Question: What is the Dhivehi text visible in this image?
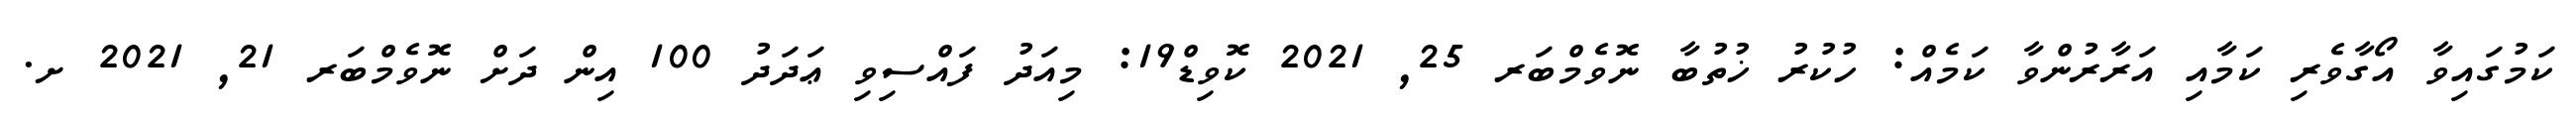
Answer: ކަމުގައިވާ އޯގާވެރި ކަމާއި އަރާރުންވާ ކަމެއް: ހުކުރު ޚުތުބާ ނޮވެމްބަރ 25, 2021 ކޮވިޑް19: މިއަދު ފައްސިވި ޢަދަދު 100 އިން ދަށް ނޮވެމްބަރ 21, 2021 ށ.